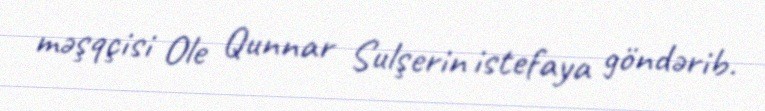
məşqçisi Ole Qunnar Sulşerin istefaya göndərib.